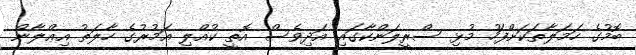
ބޮމުގެ ހަމަލާތަކަށްފަހު މުޅި ސްރީލަންކާގައި އަދިވެސް އޮތީ ކުއްލި އަމުރުގެ ހާލަތު އިޢްލާން